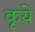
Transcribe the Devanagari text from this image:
कूये